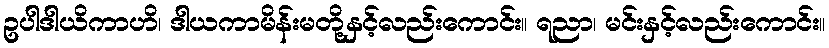
ဥပါဒါယိကာဟိ၊ ဒါယကာမိန်းမတို့နှင့်လည်းကောင်း။ ရညာ၊ မင်းနှင့်လည်းကောင်း။